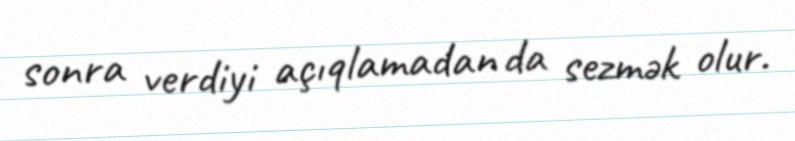
sonra verdiyi açıqlamadan da sezmək olur.